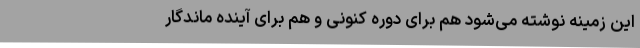
این زمینه نوشته می‌شود هم برای دوره کنونی و هم برای آینده ماندگار